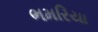
ભમરિયા